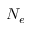
N _ { e }